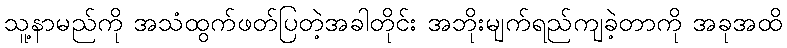
သူ့နာမည်ကို အသံထွက်ဖတ်ပြတဲ့အခါတိုင်း အဘိုးမျက်ရည်ကျခဲ့တာကို အခုအထိ